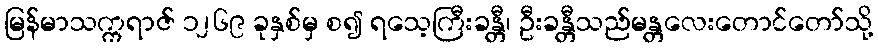
မြန်မာသက္ကရာဇ် ၁၂၆၉ ခုနှစ်မှ စ၍ ရသေ့ကြီးခန္တီ၊ ဦးခန္တီသည်မန္တလေးတောင်တော်သို့